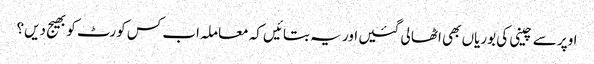
اوپر سے چینی کی بوریاں بھی اٹھا لی گئیں اور یہ بتائیں کہ معاملہ اب کس کورٹ کو بھیج دیں؟